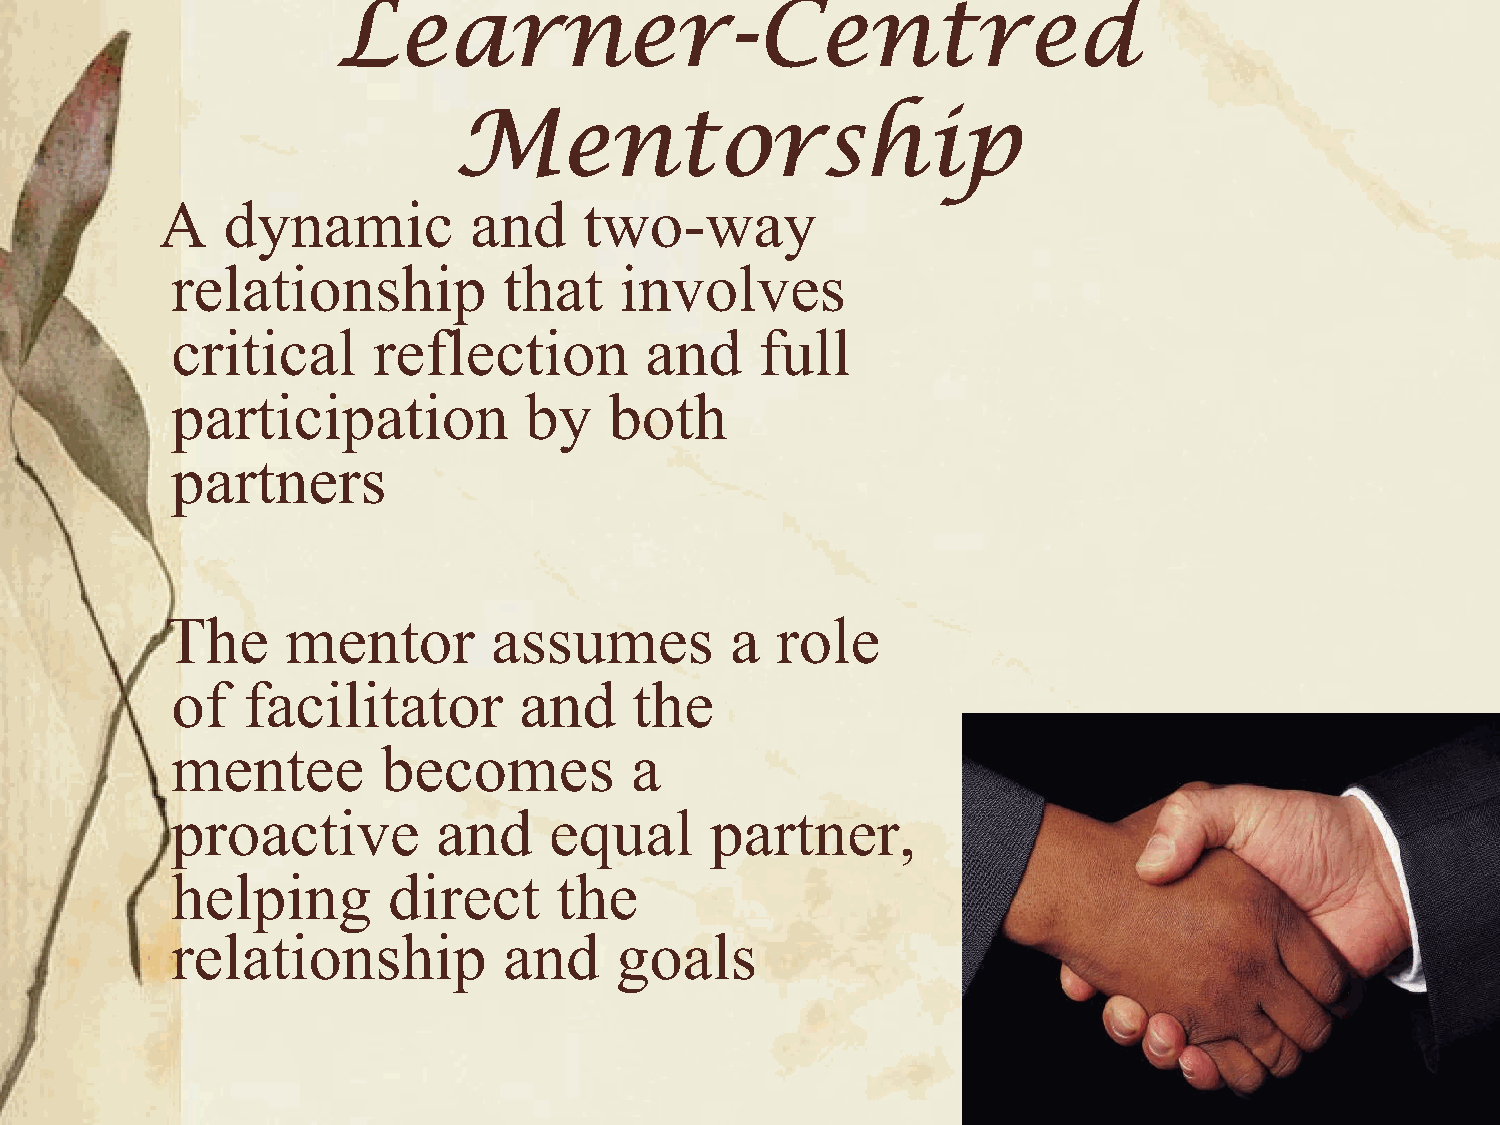
Learner-Centred
 Mentorship
 A    dynamic         and     two-way
 relationship          that    involves
 critical      reflection        and    full
 participation           by   both
 partners
 The     mentor       assumes         a  role
 of   facilitator       and     the
 mentee        becomes          a
 proactive         and    equal      partner,
 helping        direct     the
 relationship          and     goals